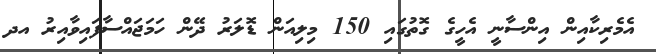
އެމެރިކާއިން އިންސާނީ އެހީގެ ގޮތުގައި 150 މިލިއަން ޑޮލަރު ދޭން ހަމަޖައްސާފައިވާއިރު އދ